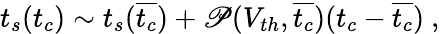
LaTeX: t_{s}(t_{c})\sim t_{s}(\overline{{t_{c}}})+\mathscr{P}(V_{th},\overline{{t_{c}}})(t_{c}-\overline{{t_{c}}})~,